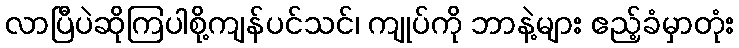
လာပြီပဲဆိုကြပါစို့ကျန်ပင်သင်၊ ကျုပ်ကို ဘာနဲ့များ ဧည့်ခံမှာတုံး